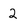
Character: 2